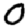
Digit: 0